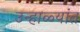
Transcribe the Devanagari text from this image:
उन्हाळ्यांत